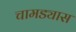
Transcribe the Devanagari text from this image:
चामड्यास